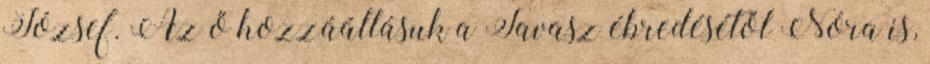
József. Az ő hozzáállásuk a Tavasz ébredésétől Nóra is,